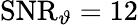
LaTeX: \mathrm{SNR}_{\vartheta}=12